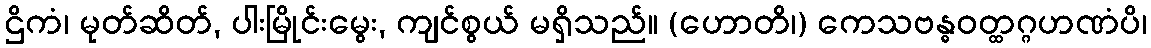
ဌိကံ၊ မုတ်ဆိတ်, ပါးမြိုင်းမွေး, ကျင်စွယ် မရှိသည်။ (ဟောတိ၊) ကေသဗန္ဓဝတ္ထဂ္ဂဟဏံပိ၊